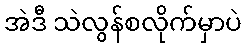
အဲဒီ သဲလွန်စလိုက်မှာပဲ